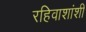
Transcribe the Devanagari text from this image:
रहिवाशांशी